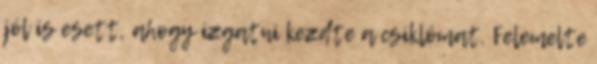
jól is esett, ahogy izgatni kezdte a csiklómat. Felemelte